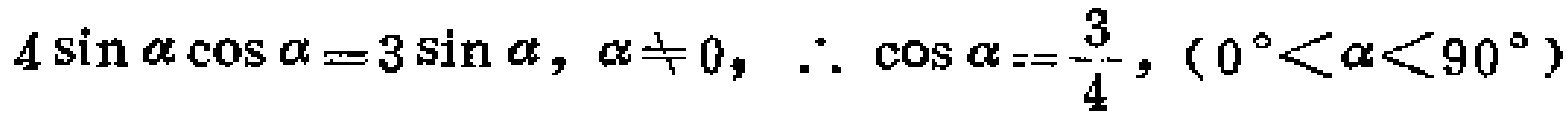
\(4\sin\alpha\cos\alpha = 3\sin\alpha,\alpha\neq0,\therefore\cos\alpha=\frac{3}{4},(0^{\circ}<\alpha<90^{\circ})\)